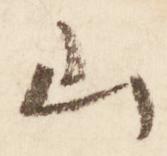
山